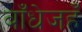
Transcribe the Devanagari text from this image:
बाँधेजहँ